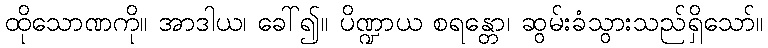
ထိုသောဏကို။ အာဒါယ၊ ခေါ်၍။ ပိဏ္ဍာယ စရန္တော၊ ဆွမ်းခံသွားသည်ရှိသော်။